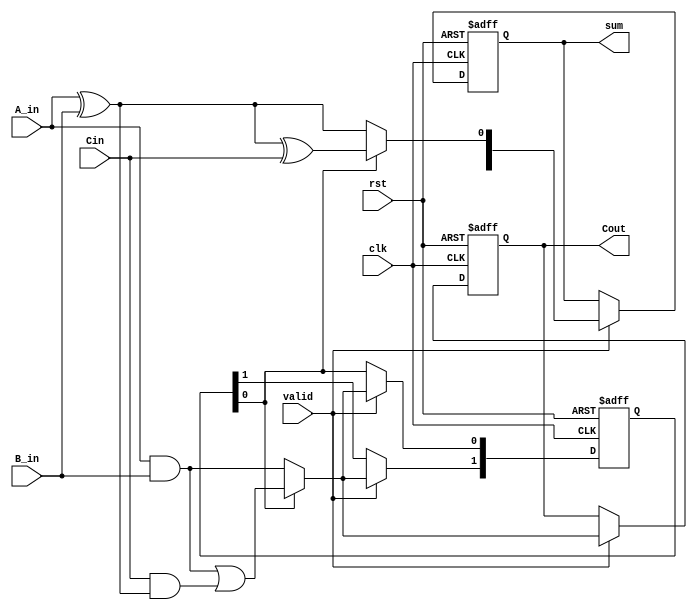
module CarrySaveAdder (
    input wire clk,           // Clock signal
    input wire rst,           // Reset signal
    input wire A_in,         // Serial input for operand A
    input wire B_in,         // Serial input for operand B
    input wire Cin,          // Carry-in
    input wire valid,        // Signal to indicate valid input
    output reg [1:0] sum,    // Sum output (2 bits to accommodate sum and carry)
    output reg Cout          // Carry-out
);

    reg [1:0] carry;         // Internal carry register
    reg [1:0] S;             // Internal sum register

    always @(posedge clk or posedge rst) begin
        if (rst) begin
            sum <= 2'b00;    // Reset sum
            Cout <= 1'b0;    // Reset carry-out
            carry <= 2'b00;   // Reset carry
        end else if (valid) begin
            // Half Adder for the first bit
            if (carry[0] == 1'b0) begin
                S[0] = A_in ^ B_in; // Sum bit
                carry[0] = A_in & B_in; // Carry bit
            end else begin
                // Full Adder for subsequent bits
                S[0] = A_in ^ B_in ^ Cin; // Sum bit
                carry[0] = (A_in & B_in) | (Cin & (A_in ^ B_in)); // Carry bit
            end
            
            // Update the carry for the next bit
            carry[1] = carry[0]; // Propagate carry to the next stage
            Cout <= carry[1];    // Update carry-out
            sum <= S;            // Update sum output
        end
    end

endmodule